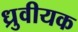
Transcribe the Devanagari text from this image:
ध्रुवीयक